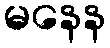
မနေန